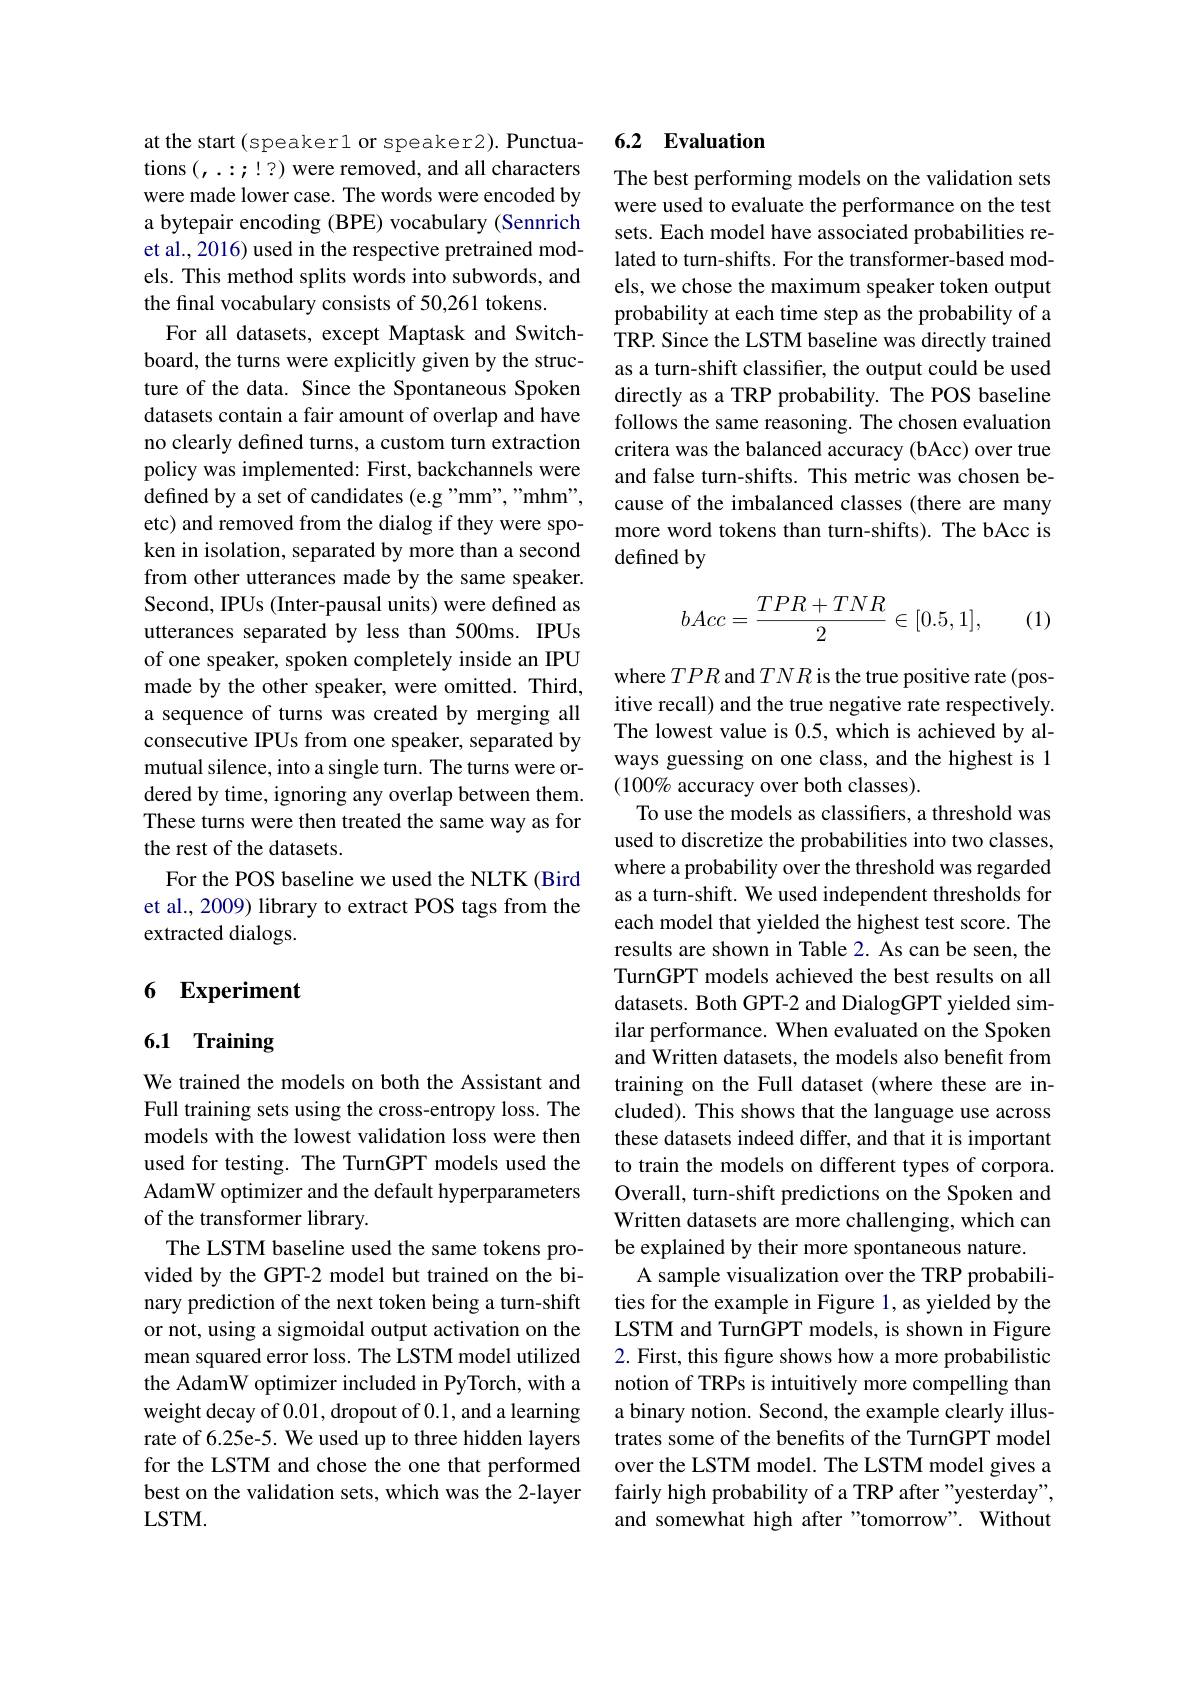
at the start (speaker1 or speaker2). Punctuations $(,\ldots;!?)$ were removed, and all characters were made lower case. The words were encoded by a bytepair encoding (BPE) vocabulary (Sennrich et al., 2016) used in the respective pretrained models. This method splits words into subwords, and the final vocabulary consists of 50,261 tokens.
For all datasets, except Maptask and Switchboard, the turns were explicitly given by the structure of the data. Since the Spontaneous Spoken datasets contain a fair amount of overlap and have no clearly defined turns, a custom turn extraction policy was implemented: First, backchannels were defined by a set of candidates (e.g "mm", "mhm", etc) and removed from the dialog if they were spoken in isolation, separated by more than a second from other utterances made by the same speaker. Second, IPUs (Inter-pausal units) were defined as utterances separated by less than 500ms. IPUs of one speaker, spoken completely inside an IPU made by the other speaker, were omitted. Third, a sequence of turns was created by merging all consecutive IPUs from one speaker, separated by mutual silence, into a single turn. The turns were ordered by time, ignoring any overlap between them. These turns were then treated the same way as for the rest of the datasets.
For the POS baseline we used the NLTK (Bird et al., 2009) library to extract POS tags from the extracted dialogs.

# 6 Experiment

# 6.1 Training

We trained the models on both the Assistant and Full training sets using the cross-entropy loss. The models with the lowest validation loss were then used for testing. The TurnGPT models used the AdamW optimizer and the default hyperparameters of the transformer library.
The LSTM baseline used the same tokens provided by the GPT-2 model but trained on the binary prediction of the next token being a turn-shift or not, using a sigmoidal output activation on the mean squared error loss. The LSTM model utilized the AdamW optimizer included in PyTorch, with a weight decay of 0.01,dropout of 0.1, and a learning rate of 6.25e-5. We used up to three hidden layers for the LSTM and chose the one that performed best on the validation sets, which was the 2-layer $LSTM.$

## 6.2 Evaluation

The best performing models on the validation sets were used to evaluate the performance on the test sets. Each model have associated probabilities related to turn-shifts. For the transformer-based models, we chose the maximum speaker token output probability at each time step as the probability of a TRP. Since the LSTM baseline was directly trained as a turn-shift classifer, the output could be used directly as a TRP probability. The POS baseline follows the same reasoning. The chosen evaluation critera was the balanced accuracy (bAcc) over true and false turn-shifts. This metric was chosen because of the imbalanced classes (there are many more word tokens than turn-shifts). The bAcc is defined by
$$bAcc=\frac{TPR+TNR}{2}\in[0.5,1],$$
(1)

where $TPR$ and $TNR$ is the true positive rate (positive recall) and the true negative rate respectively. The lowest value is 0.5, which is achieved by always guessing on one class, and the highest is 1 $(100\%$ accuracy over both classes).
To use the models as classifiers, a threshold was used to discretize the probabilities into two classes, where a probability over the threshold was regarded as a turn-shift. We used independent thresholds for each model that yielded the highest test score. The results are shown in Table 2. As can be seen, the TurnGPT models achieved the best results on all datasets. Both GPT-2 and DialogGPT yielded similar performance. When evaluated on the Spoken and Written datasets, the models also benefit from training on the Full dataset (where these are included). This shows that the language use across these datasets indeed differ, and that it is important to train the models on different types of corpora. Overall, turn-shift predictions on the Spoken and Written datasets are more challenging, which can be explained by their more spontaneous nature.
A sample visualization over the TRP probabilities for the example in Figure 1, as yielded by the LSTM and TurnGPT models, is shown in Figure 2. First, this figure shows how a more probabilistic notion of TRPs is intuitively more compelling than a binary notion. Second, the example clearly illustrates some of the benefits of the TurnGPT model over the LSTM model. The LSTM model gives a fairly high probability of a TRP after "yesterday", and somewhat high after "tomorrow". Without